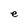
Character: e